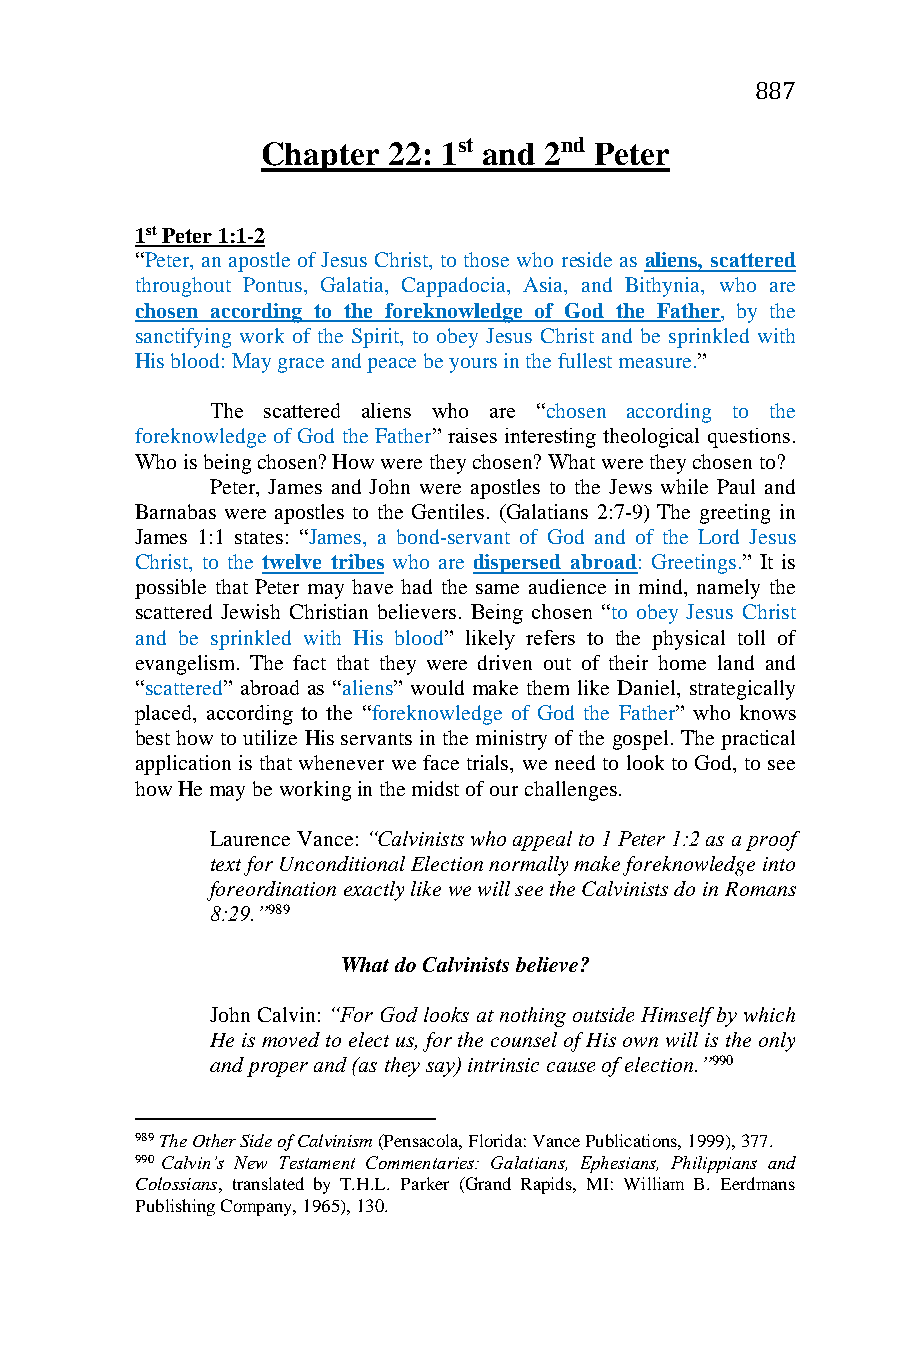
887
 Chapter  22: 1st and 2nd Peter
 1st Peter 1:1-2
 “Peter, an apostle of Jesus Christ, to those who reside as aliens, scattered
 throughout Pontus, Galatia, Cappadocia, Asia, and Bithynia, who are
 chosen according to the foreknowledge of God the Father, by the
 sanctifying work of the Spirit, to obey Jesus Christ and be sprinkled with
 His blood: May grace and peace be yours in the fullest measure.”
 The scattered aliens who are “chosen according to the
 foreknowledge of God the Father” raises interesting theological questions.
 Who is being chosen? How were they chosen? What were they chosen to?
 Peter, James and John were apostles to the Jews while Paul and
 Barnabas were apostles to the Gentiles. (Galatians 2:7-9) The greeting in
 James 1:1 states: “James, a bond-servant of God and of the Lord Jesus
 Christ, to the twelve tribes who are dispersed abroad: Greetings.” It is
 possible that Peter may have had the same audience in mind, namely the
 scattered Jewish Christian believers. Being chosen “to obey Jesus Christ
 and be sprinkled with His blood” likely refers to the physical toll of
 evangelism. The fact that they were driven out of their home land and
 “scattered” abroad as “aliens” would make them like Daniel, strategically
 placed, according to the “foreknowledge of God the Father” who knows
 best how to utilize His servants in the ministry of the gospel. The practical
 application is that whenever we face trials, we need to look to God, to see
 how He may be working in the midst of our challenges.
 Laurence Vance: “Calvinists who appeal to 1 Peter 1:2 as a proof
 text for Unconditional Election normally make foreknowledge into
 foreordination exactly like we will see the Calvinists do in Romans
 8:29.”989
 What do Calvinists believe?
 John Calvin: “For God looks at nothing outside Himself by which
 He is moved to elect us, for the counsel of His own will is the only
 and proper and (as they say) intrinsic cause of election.”990
 989 The Other Side of Calvinism (Pensacola, Florida: Vance Publications, 1999), 377.
 990 Calvin’s New Testament Commentaries: Galatians, Ephesians, Philippians and
 Colossians, translated by T.H.L. Parker (Grand Rapids, MI: William B. Eerdmans
 Publishing Company, 1965), 130.